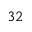
3 2